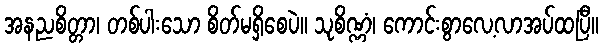
အနညစိတ္တာ၊ တစ်ပါးသော စိတ်မရှိစေပဲ။ သုစိဏ္ဏံ၊ ကောင်းစွာလေ့လာအပ်ထပြီ။